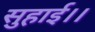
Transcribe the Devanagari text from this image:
सुहाई।।